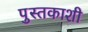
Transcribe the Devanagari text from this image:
पुस्तकाशी